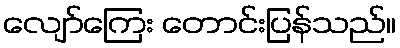
လျော်ကြေး တောင်းပြန်သည်။